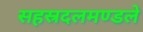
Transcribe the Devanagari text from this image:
सहस्रदलमण्डले